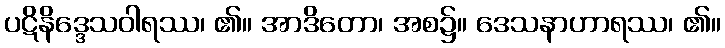
ပဋိနိဒ္ဒေသဝါရဿ၊ ၏။ အာဒိတော၊ အစ၌။ ဒေသနာဟာရဿ၊ ၏။